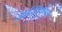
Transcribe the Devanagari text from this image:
आईडीएसएम